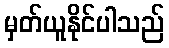
မှတ်ယူနိုင်ပါသည်